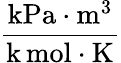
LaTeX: \frac{{\mathrm{kPa}}\cdot{\mathrm{m}}^{3}}{{\mathrm{k}}\, {\mathrm{mol}}\cdot{\mathrm{K}}}